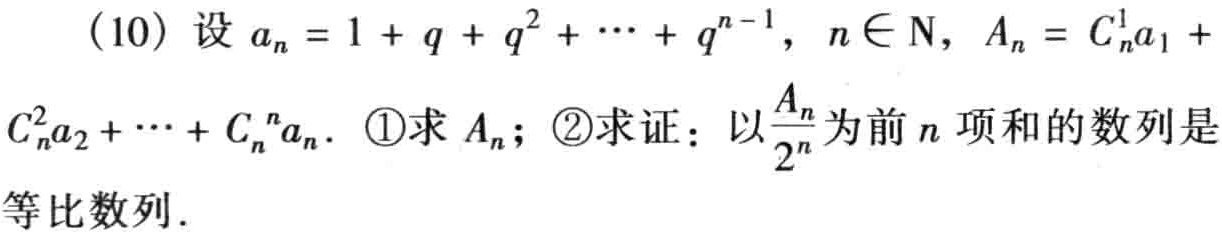
(10) 设 \(a_{n}=1 + q + q^{2}+\cdots+q^{n - 1}\)，\(n\in N\)，\(A_{n}=C_{n}^{1}a_{1}+C_{n}^{2}a_{2}+\cdots+C_{n}^{n}a_{n}\)。\textcircled{1}求 \(A_{n}\)；\textcircled{2}求证：以\(\frac{A_{n}}{2^{n}}\)为前 \(n\) 项和的数列是等比数列。